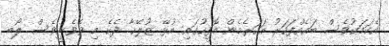
އެކަމަކުވެސް ބައެއްފަހަރު އަހަރެމެން އޮފީހުގައި އުޅޭ ޒުލޭޚާ ދެކެ މި ވެވެނީވެސް ލޯބި